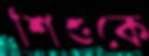
শিশুকে